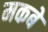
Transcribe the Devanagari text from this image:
मकबे